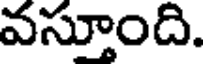
వస్తూంది.